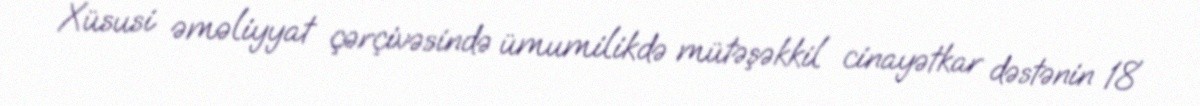
Xüsusi əməliyyat çərçivəsində ümumilikdə mütəşəkkil cinayətkar dəstənin 18